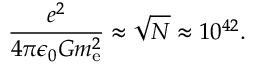
{ \frac { e ^ { 2 } } { 4 \pi \epsilon _ { 0 } G m _ { \mathrm { e } } ^ { 2 } } } \approx { \sqrt { N } } \approx 1 0 ^ { 4 2 } .